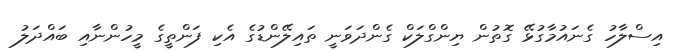
އިސްލާހު ގެނައުމާގުޅޭ ގޮތުން ޔިންގްލަކް ގެންދަވަނީ ތައިލޭންޑުގެ އެކި ފަންތީގެ މީހުންނާއި ބައްދަލު